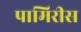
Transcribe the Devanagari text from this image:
पामिरीस